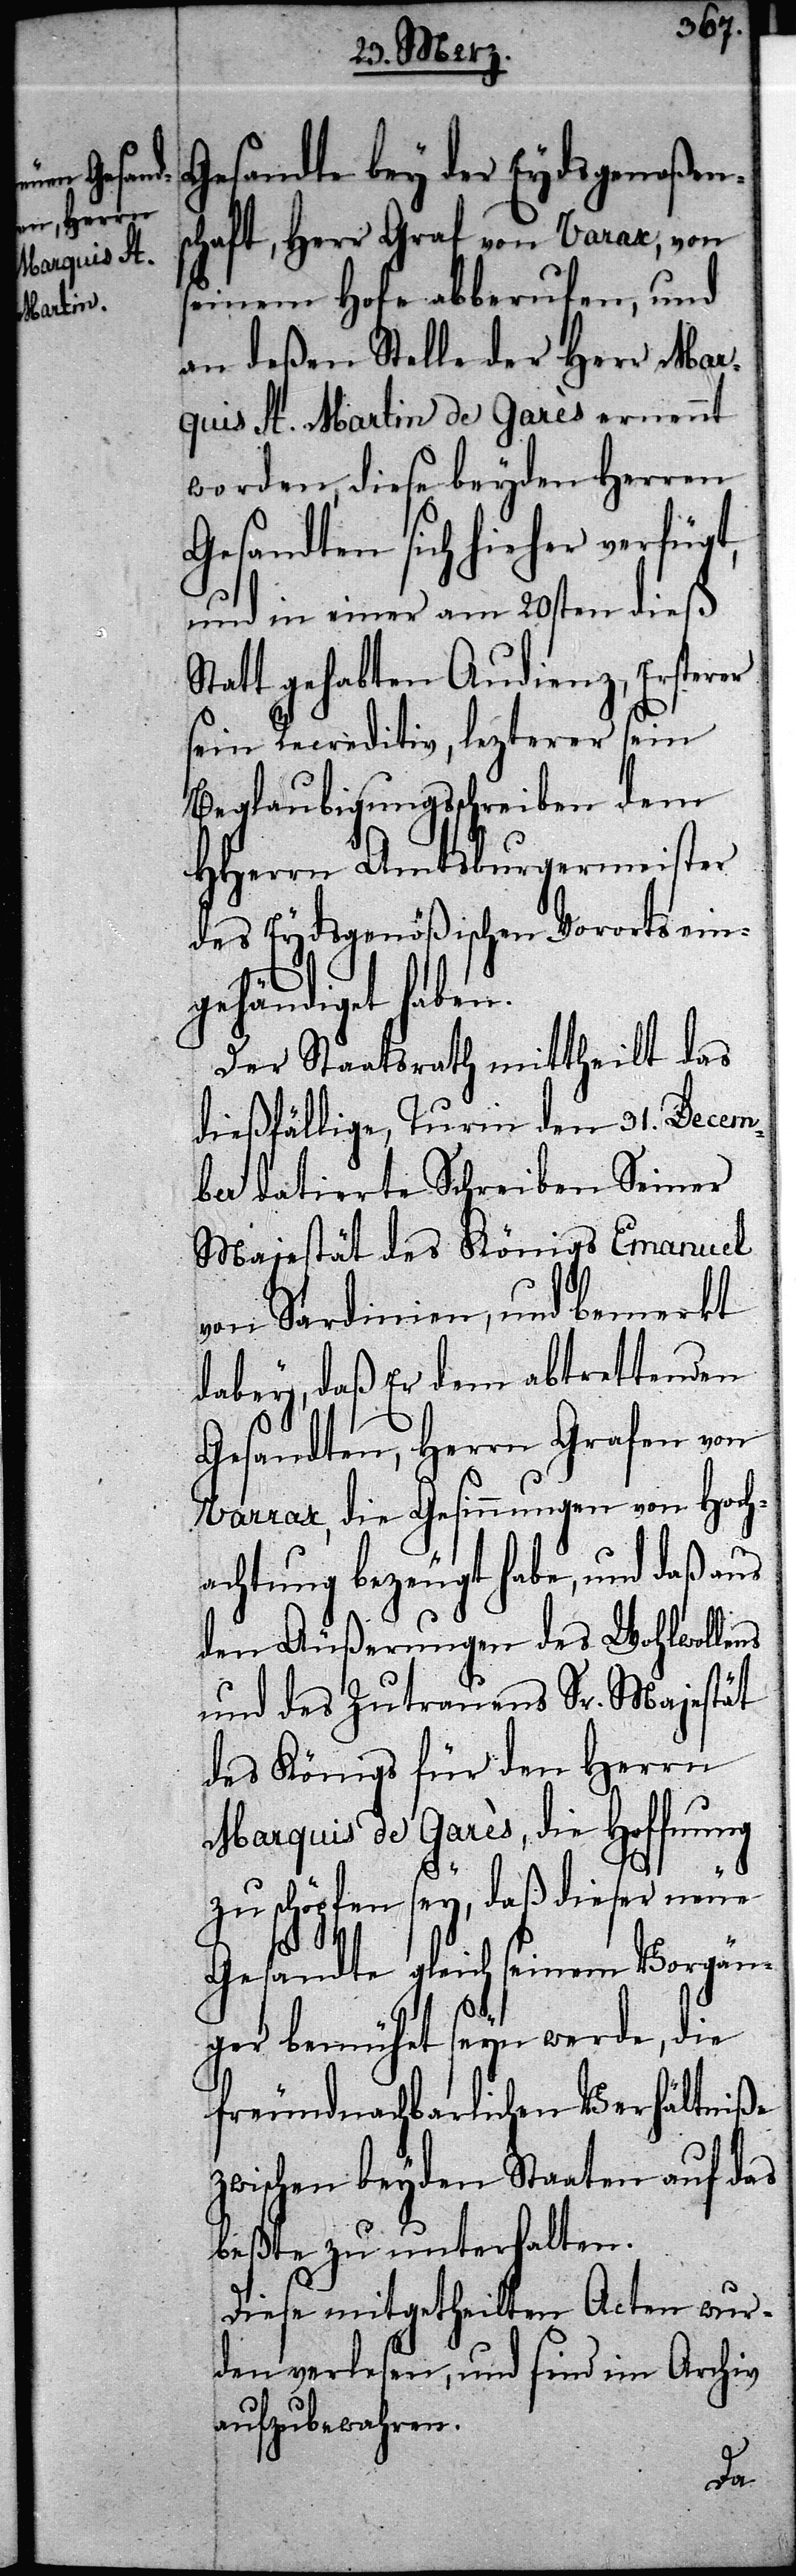
Gesandte bey der Eydsgenoßens¬
chaft, Herr Graf von Varax
seinem Hofe abberufen, und
an deßen Stelle der Herr Mar¬
quis St. Martin de Garès ernennt
worden, diese beyden Herren
Gesandten sich hieher verfügt,
und in einer am 20sten dieß
Statt gehabten Audienz, Ersterer
sein Recreditiv, lezterer sein
Beglaubigungsschreiben dem
HHerrn Amtsburgermeister
des Eydsgenößischen Vororts ein¬
gehändiget haben.
Der Staatsrath mittheilt das
dießfällige, Turin den 31. Decem¬
ber datierte Schreiben Seiner
Majestät des Königs Emanuel
von Sardinien, und bemerkt
dabey, daß Er dem abtrettenden
Gesandten, Herrn Grafen von
Varrax, die Gesinnungen von Hoch¬
achtung bezeugt habe, und daß aus
den Äußerungen des Wohlwollens
und des Zutrauens Sr. Majestät
des Königs für den Herrn
Marquis de Garès, die Hoffnung
zu schöpfen sey, daß dieser neue
Gesandte gleich seinem Vorgän¬
ger bemühet seyn werde, die
freundnachbarlichen Verhältniße
zwischen beyden Staaten auf das
beßte zu unterhalten.
Diese mitgetheilten Acten wur¬
den verlesen, und sind im Archiv
aufzubewahren.